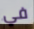
في